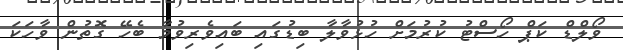
ވޯލްޑް ކަޕް ހޯސްޓު ކުރުމަށް ހުޅުވާލާ ބިޑުގައި ބައިވެރިވުމާ ބެހޭ ގޮތުން ވާހަކަ